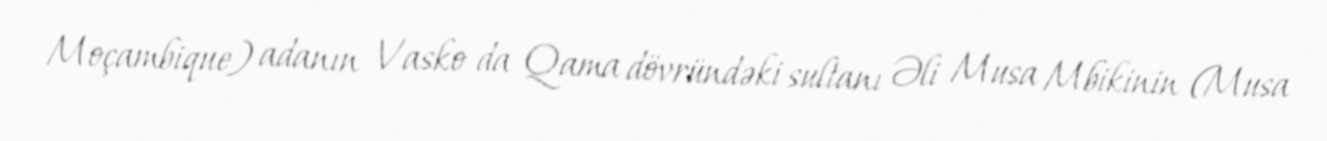
Moçambique) adanın Vasko da Qama dövründəki sultanı Əli Musa Mbikinin (Musa